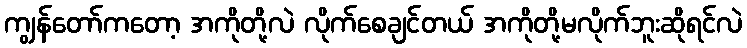
ကျွန်တော်ကတော့ အကိုတို့လဲ လိုက်စေချင်တယ် အကိုတို့မလိုက်ဘူးဆိုရင်လဲ